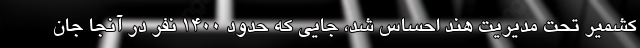
کشمیر تحت مدیریت هند احساس شد، جایی که حدود ۱۴۰۰ نفر در آنجا جان